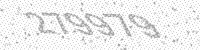
Solution: 279979